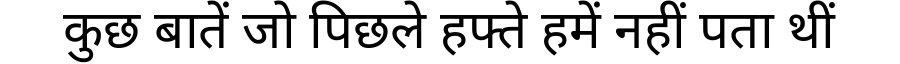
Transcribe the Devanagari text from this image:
कुछ बातें जो पिछले हफ्ते हमें नहीं पता थीं